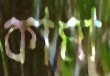
কামা